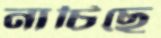
নাচিছে